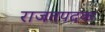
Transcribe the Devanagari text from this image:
राजतपदक